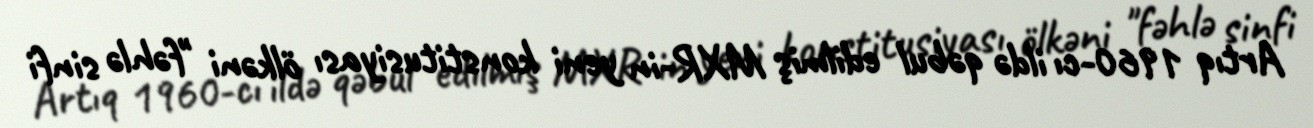
Artıq 1960-cı ildə qəbul edilmiş MXR-in yeni konstitusiyası ölkəni "fəhlə sinfi